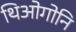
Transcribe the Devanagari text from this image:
थिओगोनि